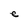
Character: e